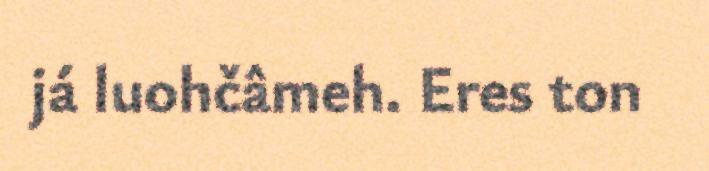
já luohčâmeh. Eres ton